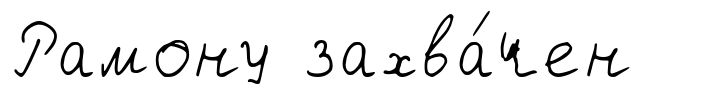
Рамону захва́чен